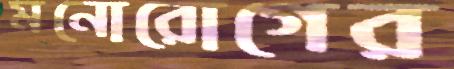
মনোরোগের